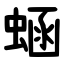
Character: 蜬